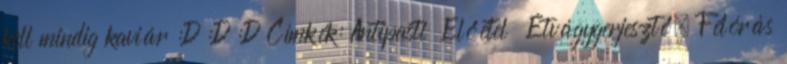
kell mindig kaviár :D :D :D Címkék: Antipasti Előétel Étvágygerjesztő, Félórás